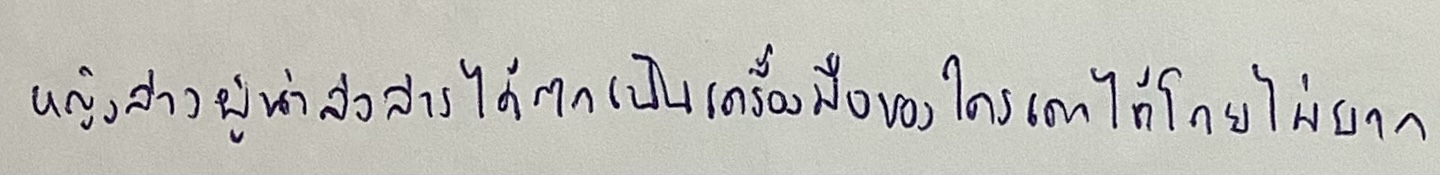
หญิงสาวผู้น่าสงสารได้ตกเป็นเครื่องมือของใครเดาได้โดยไม่ยาก